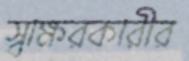
স্বাক্ষরকারীর